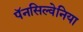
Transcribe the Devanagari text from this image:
पॅनसिल्वेनिया